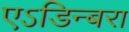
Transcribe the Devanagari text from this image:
एऽडिन्बरा